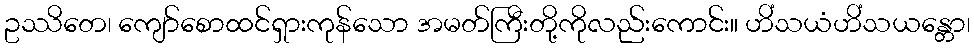
ဥဿိတေ၊ ကျော်စောထင်ရှားကုန်သော အမတ်ကြီးတို့ကိုလည်းကောင်း။ ဟိံသယံဟိံသယန္တော၊